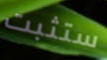
ستثبت